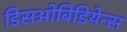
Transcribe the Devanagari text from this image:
डिसओबिडियेन्स